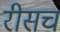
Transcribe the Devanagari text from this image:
रीसच